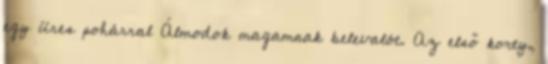
egy üres pohárral Álmodok magamnak belevalót. Az első korty,